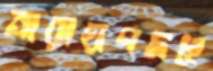
নারায়ণদহে